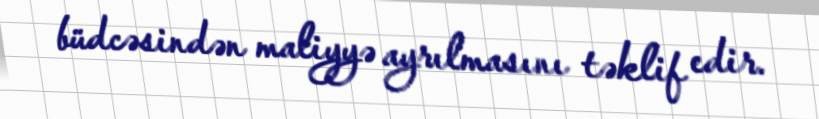
büdcəsindən maliyyə ayrılmasını təklif edir.